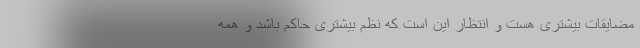
مضایقات بیشتری هست و انتظار این است که نظم بیشتری حاکم باشد و همه